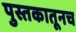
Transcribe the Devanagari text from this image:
पुस्तकातूनच